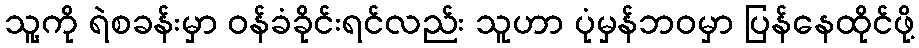
သူ့ကို ရဲစခန်းမှာ ဝန်ခံခိုင်းရင်လည်း သူဟာ ပုံမှန်ဘဝမှာ ပြန်နေထိုင်ဖို့